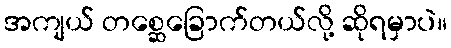
အကျယ် တစ္ဆေခြောက်တယ်လို့ ဆိုရမှာပဲ။